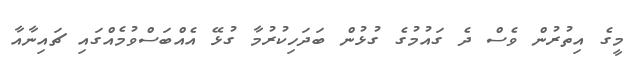
މީގެ އިތުރުން ވެސް ދެ ގައުމުގެ ގުޅުން ބަދަހިކުރުމާ ގުޅޭ އެއްބަސްވުމެއްގައި ޗައިނާއާ